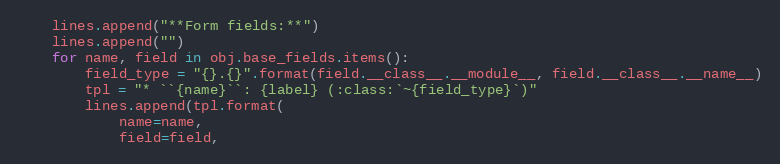
Language: Python
    lines.append("**Form fields:**")
    lines.append("")
    for name, field in obj.base_fields.items():
        field_type = "{}.{}".format(field.__class__.__module__, field.__class__.__name__)
        tpl = "* ``{name}``: {label} (:class:`~{field_type}`)"
        lines.append(tpl.format(
            name=name,
            field=field,